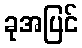
ခုအပြင်